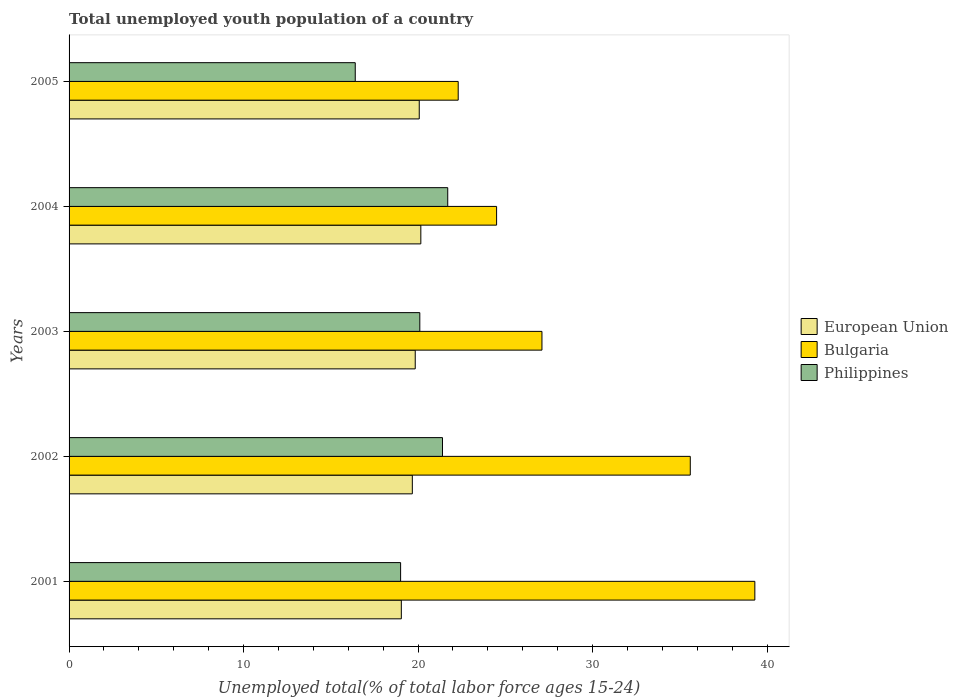
| Years | European Union | Bulgaria | Philippines |
 | --- | --- | --- | --- |
 | 2001 | 19 | 39.3 | 19 |
 | 2002 | 19.7 | 35.6 | 21.4 |
 | 2003 | 19.8 | 27.1 | 20.1 |
 | 2004 | 20.2 | 24.5 | 21.7 |
 | 2005 | 20.1 | 22.3 | 16.4 |